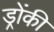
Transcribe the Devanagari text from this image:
ड्रोंकी